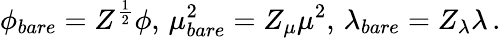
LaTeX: \phi_{bare}=Z^{\frac{1}{2}}\phi,\, \mu_{bare}^{2}=Z_{\mu}\mu^{2},\, \lambda_{bare}=Z_{\lambda}\lambda\, .